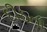
દીઠતા